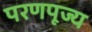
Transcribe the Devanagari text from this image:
परणपूज्य